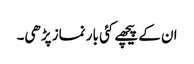
ان کے پیچھے کئی بار نماز پڑھی۔